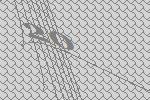
20